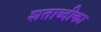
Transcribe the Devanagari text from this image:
शताब्दीका